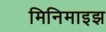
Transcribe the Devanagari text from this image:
मिनिमाइझ